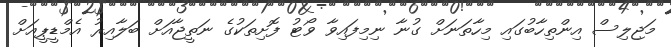
މަޖިލިސް އިންތިހާބުގައި މިހާތަނަށް ގުނާ ނިމިފައިވާ ވޯޓު ފޮށިތަކުގެ ނަތީޖާއަށް ބަލާއިރު އެމްޑީޕީއަށް